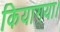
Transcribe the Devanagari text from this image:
कियागया।